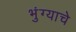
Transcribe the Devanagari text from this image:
भुंग्याचे